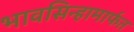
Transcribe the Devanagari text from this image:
भावसिन्हामार्फत